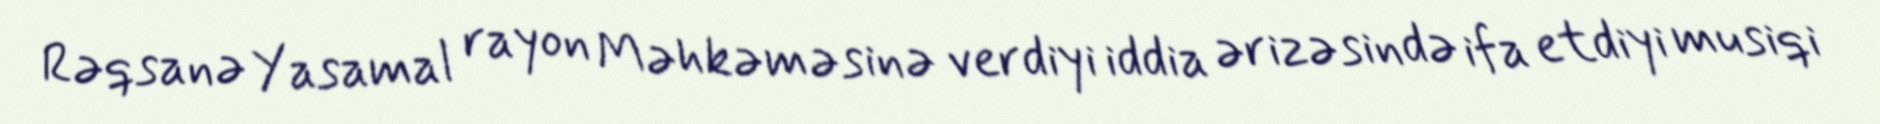
Rəqsanə Yasamal rayon Məhkəməsinə verdiyi iddia ərizəsində ifa etdiyi musiqi